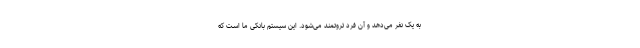
به یک نفر می‌دهد و آن فرد ثروتمند می‌شود. این سیستم بانکی ما است که